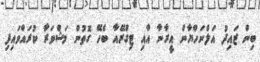
ބިން ޒައިދު އަލްނަހްޔާން އީރާނާ އާއި ޓިގްރޭއާ ބެހޭ ގޮތުން މަޝްވަރާ ކުރައްވައިފި